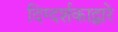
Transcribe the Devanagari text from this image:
दिग्दर्शकाद्वारे